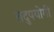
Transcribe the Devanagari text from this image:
तदुपयोगी